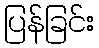
ပြန်ခြင်း